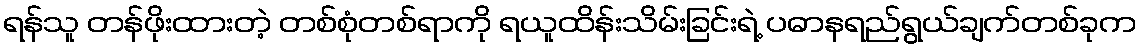
ရန်သူ တန်ဖိုးထားတဲ့ တစ်စုံတစ်ရာကို ရယူထိန်းသိမ်းခြင်းရဲ့ ပဓာနရည်ရွယ်ချက်တစ်ခုက